Civil Veterinary Dept. Bombay admin report 1893-99 - 1893-1899
Year: 1893
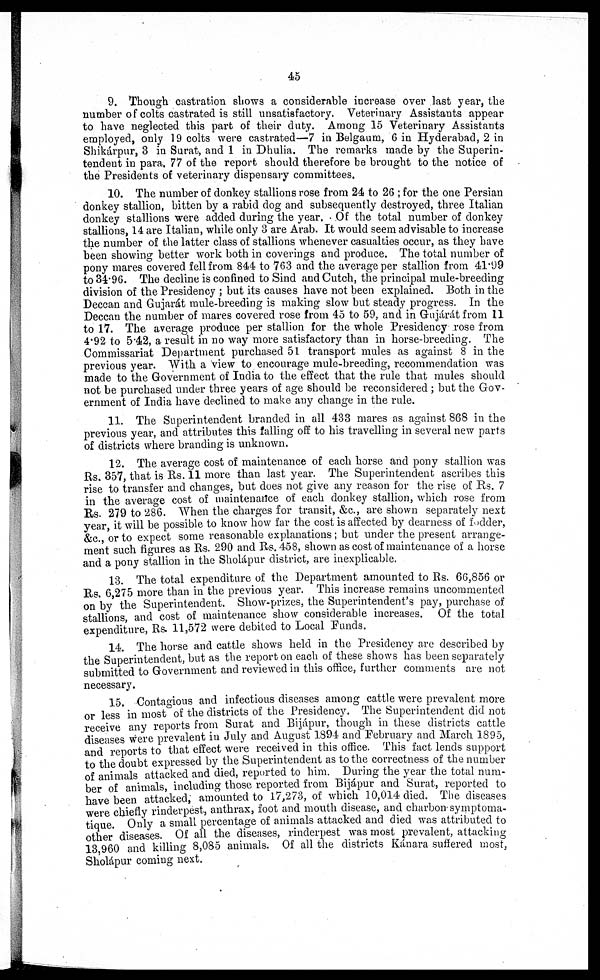
45
9. Though castration shows a considerable increase over last year, the
number of colts castrated is still unsatisfactory. Veterinary Assistants appear
to have neglected this part of their duty. Among 15 Veterinary Assistants
employed, only 19 colts were castrated—7 in Belgaum, 6 in Hyderabad, 2 in
Shikárpur, 3 in Surat, and 1 in Dhulia. The remarks made by the Superin-
tendent in para. 77 of the report should therefore be brought to the notice of
the Presidents of veterinary dispensary committees.
10. The number of donkey stallions rose from 24 to 26 ; for the one Persian
donkey stallion, bitten by a rabid dog and subsequently destroyed, three Italian
donkey stallions were added during the year. Of the total number of donkey
stallions, 14 are Italian, while only 3 are Arab. It would seem advisable to increase
the number of the latter class of stallions whenever casualties occur, as they have
been showing better work both in coverings and produce. The total number of
pony mares covered fell from 844 to 763 and the average per stallion from 41.99
to 34.96. The decline is confined to Sind and Cutch, the principal mule-breeding
division of the Presidency ; but its causes have not been explained. Both in the
Deccan and Gujarát mule-breeding is making slow but steady progress. In the
Deccan the number of mares covered rose from 45 to 59, and in Gujárát from 11
to 17. The average produce per stallion for the whole Presidency rose from
4.92 to 5.42, a result in no way more satisfactory than in horse-breeding. The
Commissariat Department purchased 51 transport mules as against 8 in the
previous year. With a view to encourage mule-breeding, recommendation was
made to the Government of India to the effect that the rule that mules should
not be purchased under three years of age should be reconsidered ; but the Gov-
ernment of India have declined to make any change in the rule.
11. The Superintendent branded in all 433 mares as against 868 in the
previous year, and attributes this falling off to his travelling in several new parts
of districts where branding is unknown.
12. The average cost of maintenance of each horse and pony stallion was
Rs. 357, that is Rs. 11 more than last year. The Superintendent ascribes this
rise to transfer and changes, but does not give any reason for the rise of Rs. 7
in the average cost of maintenance of each donkey stallion, which rose from
Rs. 279 to 286. When the charges for transit, &c., are shown separately next
year, it will be possible to know how far the cost is affected by d earness of fodder,
&c., or to expect some reasonable explanations; but under the present arrange-
ment such figures as Rs. 290 and Rs. 458, shown as cost of maintenance of a horse
and a pony stallion in the Sholápur district, are inexplicable.
13. The total expenditure of the Department amounted to Rs. 66,856 or
Rs. 6,275 more than in the previous year. This increase remains uncommented
on by the Superintendent. Show-prizes, the Superintendent's pay, purchase of
stallions, and cost of maintenance show considerable increases. Of the total
expenditure, Rs. 11,572 were debited to Local Funds.
14. The horse and cattle shows held in the Presidency are described by
the Superintendent, but as the report on each of these shows has been separately
submitted to Government and reviewed in this office, further comments are not
necessary.
15. Contagious and infectious diseases among cattle were prevalent more
or less in most of the districts of the Presidency. The Superintendent did not
receive any reports from Surat and Bijápur, though in these districts cattle
diseases were prevalent in July and August 1894 and February and March 1895,
and reports to that effect were received in this office. This fact lends support
to the doubt expressed by the Superintendent as to the correctness of the number
of animals attacked and died, reported to him. During the year the total num-
ber of animals, including those reported from Bijápur and Surat, reported to
have been attacked, amounted to 17,273, of which 10,014 died. The diseases
were chiefly rinderpest, anthrax, foot and mouth disease, and charbon symptoma-
tique. Only a small percentage of animals attacked and died was attributed to
other diseases. Of all the diseases, rinderpest was most prevalent, attacking
13,960 and killing 8,085 animals. Of all the districts Kánara suffered most,
Sholápur coming next.